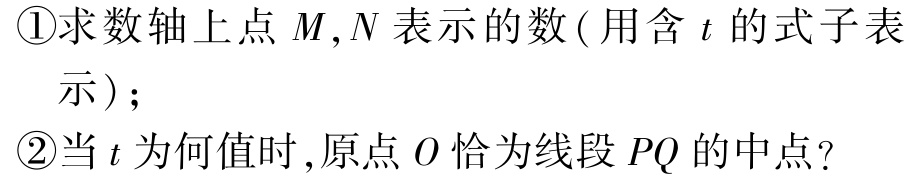
\textcircled{1}求数轴上点 \(M,N\) 表示的数 ( 用含 \(t\) 的式子表示 )；

\textcircled{2}当 \(t\) 为何值时 ,原点 \(O\) 恰为线段 \(PQ\) 的中点?